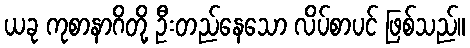
ယခု ကုစာနာဂိတို့ ဦးတည်နေသော လိပ်စာပင် ဖြစ်သည်။